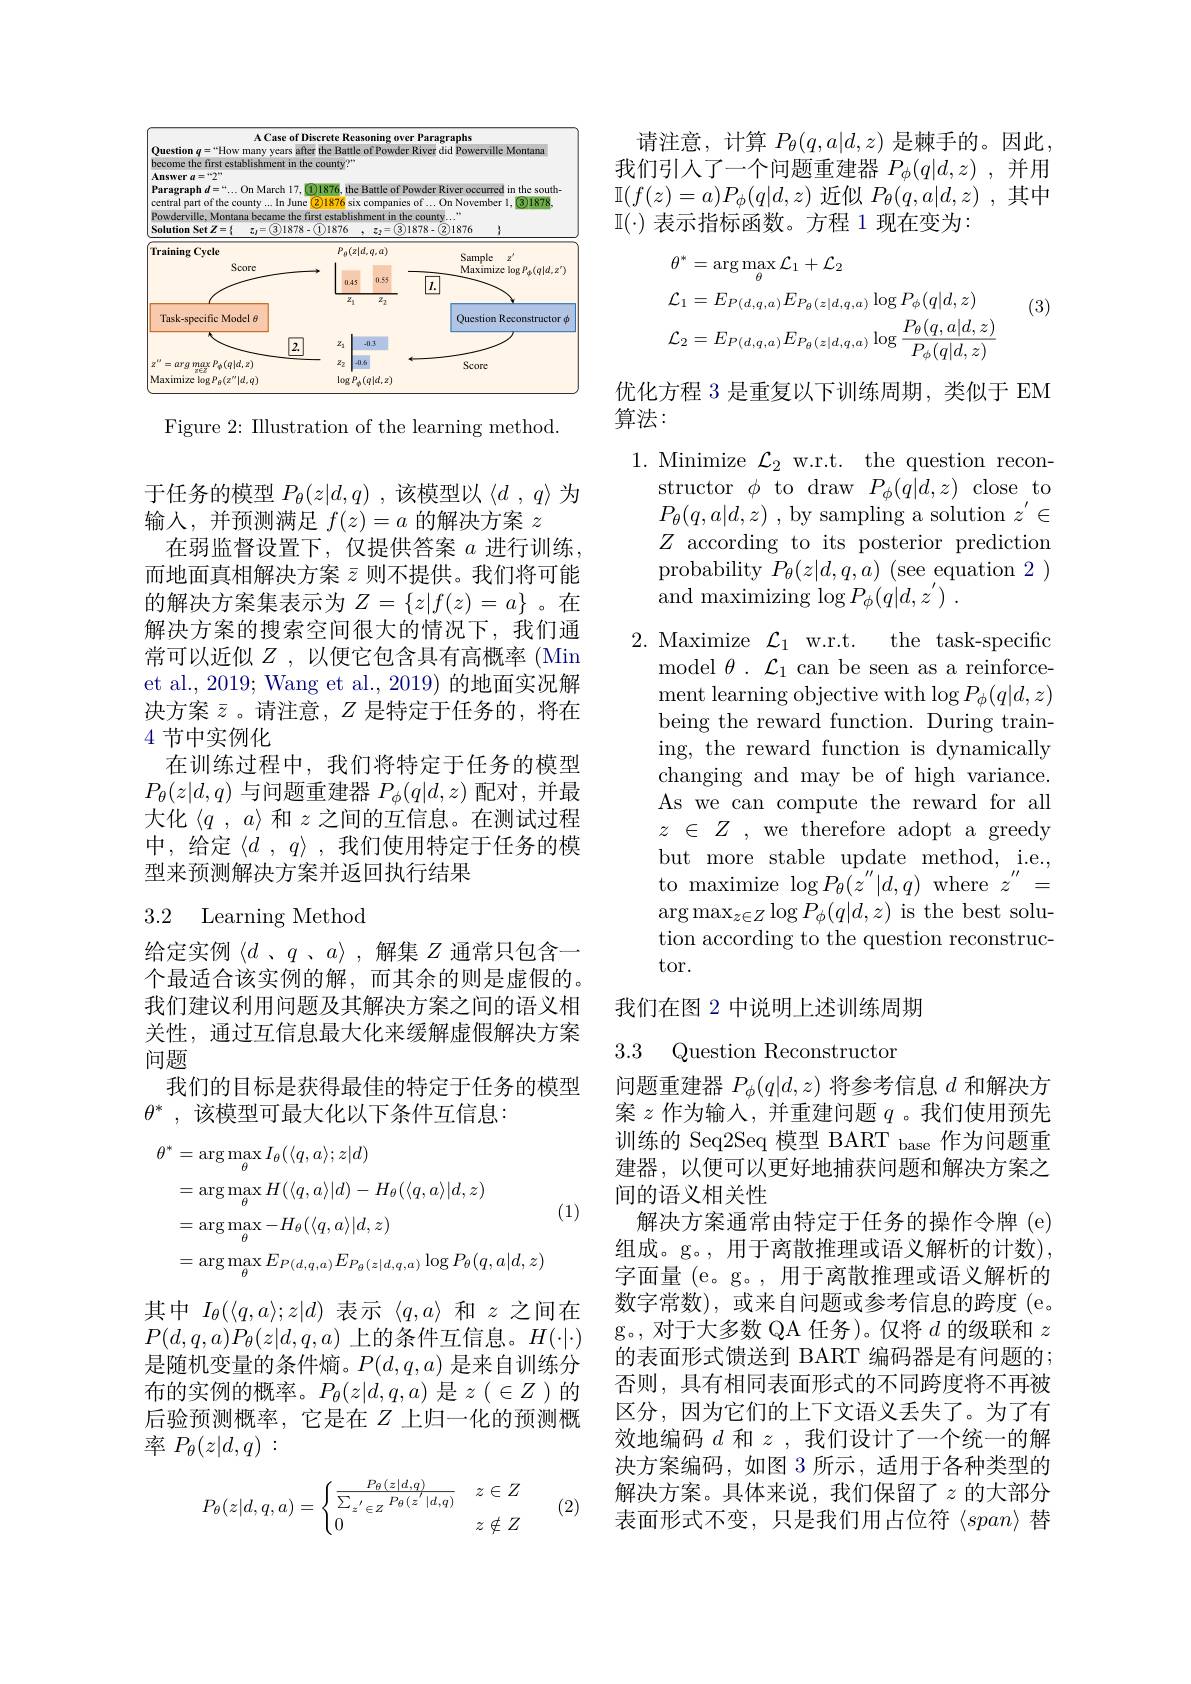
<FigureHere>

Figure 2: Illustration of the learning method.

于任务的模型$P_\theta(z|d,q)$ ,该模型以$\langle d,q\rangle$为
输入，并预测满足$f(z)=a$的解决方案$z$
在弱监督设置下，仅提供答案$a$进行训练， 而地面真相解决方案$\bar{z}$则不提供。我们将可能的解决方案集表示为$Z=\{z|f(z)=a\}$ 。在解决方案的搜索空间很大的情况下，我们通常可以近似$Z$ ,以便它包含具有高概率 (Min et al., 2019; Wang et al., 2019) 的地面实况解决方案$\bar{z}$ 。请注意，$Z$是特定于任务的，将在4节中实例化
在训练过程中，我们将特定于任务的模型$P_\theta(z|d,q)$与问题重建器$P_\phi(q|d,z)$配对，并最大化《$q$ , $a\rangle$和$z$之间的互信息。在测试过程中，给定$\langle d$ , $q\rangle$ ,我们使用特定于任务的模型来预测解决方案并返回执行结果

## 3.2 Learning Method

给定实例$\langle d$ $、 q$ $、 a\rangle$ ,解集 $Z$ 通常只包含一个最适合该实例的解，而其余的则是虚假的。我们建议利用问题及其解决方案之间的语义相关性，通过互信息最大化来缓解虚假解决方案问题
我们的目标是获得最佳的特定于任务的模型
$\theta^*$ ,该模型可最大化以下条件互信息：
$$\begin{aligned}\theta^{*}&=\arg\max_{\theta}I_{\theta}(\langle q,a\rangle;z|d)\\&=\arg\max_{\theta}H(\langle q,a\rangle|d)-H_{\theta}(\langle q,a\rangle|d,z)\\&=\arg\max_{\theta}-H_{\theta}(\langle q,a\rangle|d,z)\\&=\arg\max_{\theta}E_{P(d,q,a)}E_{P_{\theta}(z|d,q,a)}\log P_{\theta}(q,a|d,z)\end{aligned}$$
(1)

其中$I_\theta(\langle q,a\rangle;z|d)$表示《$q,a\rangle$和$z$之间在$P(d,q,a)P_\theta(z|d,q,a)$上的条件互信息。$H(\cdot|\cdot)$ 是随机变量的条件熵。$P(d,q,a)$是来自训练分布的实例的概率。$P_\theta(z|d,q,a)$是$z(\in Z$ )的后验预测概率，它是在$Z$ 上归一化的预测概率$P_\theta(z|d,q):$

(2)
$$P_\theta(z|d,q,a)=\begin{cases}\frac{P_\theta(z|d,q)}{\sum_{z'\in Z}P_\theta(z'|d,q)}&z\in Z\\0&z\notin Z\end{cases}$$
请注意，计算$P_\theta(q,a|d,z)$是棘手的。因此我们引人了一个问题重建器$P_\phi(q|d,z)$ ,并用$\mathbb{I}(f(z)=a)P_{\phi}(q|d,z)$近似$P_\theta(q,a|d,z)$ ,其中$\mathbb{I}(\cdot)$表示指标函数。方程 1 现在变为：
$$\begin{aligned}&\theta^{*}=\arg\max_{\theta}\mathcal{L}_{1}+\mathcal{L}_{2}\\&\mathcal{L}_{1}=E_{P(d,q,a)}E_{P_{\theta}(z|d,q,a)}\log P_{\phi}(q|d,z)\\&\mathcal{L}_{2}=E_{P(d,q,a)}E_{P_{\theta}(z|d,q,a)}\log\frac{P_{\theta}(q,a|d,z)}{P_{\phi}(q|d,z)}\end{aligned}$$
(3)

优化方程 3 是重复以下训练周期，类似于 EM
算法：
1. Minimize $\mathcal{L}_2$ w.r.t. the question recon-
structor $\phi$ to draw$P_\phi(q|d,z)$ close to $P_{\theta}(q,a|d,z)$ , by sampling a solution $z^\prime\in$ $Z$ according to its posterior prediction probability $P_{\theta}(z|d,q,a)$ (see equation 2 ) and maximizing $\log P_\phi(q|d,z^{\prime})$
2. Maximize $\mathcal{L}_1$ w.r.t.
the task-specific
model $\theta.{\mathcal{L}}_1$ can be seen as a reinforce- ${\mathrm{ment~learning~objective~with~log~}P_{\phi}(q|d,z)}$ being the reward function. During training, the reward function is dynamically changing and may be of high variance. As we can compute the reward for all $z$ $\in$ $Z$ , we therefore adopt a greedy but more stable update method, i.e., to maximize $\log P_{\theta}(\hat{z}^{\prime\prime}|d,q)$ where $z^{\prime\prime}=$ $\arg\max_{z\in Z}\log P_{\phi}(q|d,z)$ is the best solution according to the question reconstructor.
我们在图 2 中说明上述训练周期

## 3.3 Question Reconstructor

问题重建器$P_\phi(q|d,z)$将参考信息$d$和解决方案$z$作为输入，并重建问题$q$ 。我们使用预先训练的 Seq2Seq 模型 BART base 作为问题重建器，以便可以更好地捕获问题和解决方案之间的语义相关性
解决方案通常由特定于任务的操作令牌 (e) 组成。g。, 用于离散推理或语义解析的计数), 字面量 (e。g。, 用于离散推理或语义解析的数字常数),或来自问题或参考信息的跨度 (e。g。,对于大多数 QA 任务)。仅将$d$的级联和$z$ 的表面形式馈送到 BART 编码器是有问题的； 否则，具有相同表面形式的不同跨度将不再被区分，因为它们的上下文语义丢失了。为了有效地编码$d$和$z$ ,我们设计了一个统一的解决方案编码，如图 3 所示，适用于各种类型的解决方案。具体来说，我们保留了$z$ 的大部分表面形式不变，只是我们用占位符$\langle span\rangle$替